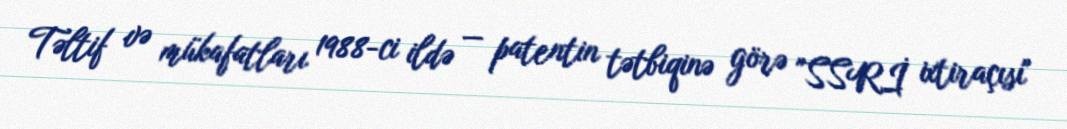
Təltif və mükafatları 1988-ci ildə — patentin tətbiqinə görə "SSRİ ixtiraçısı"